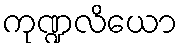
ကုဏ္ဍလိယော